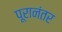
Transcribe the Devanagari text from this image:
पूरानंतर